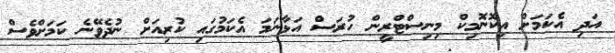
އަދި އެކަމަށް އިކޮނޮމިކް މިނިސްޓްރީން ހުރަސް އަޅާނަމަ އެކަމުގައި ކުރިއަށް ނުދެވޭނެ ކަމަށްވެސް